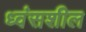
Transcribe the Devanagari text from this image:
ध्वंसशील